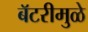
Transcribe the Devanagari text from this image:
बॅटरीमुळे